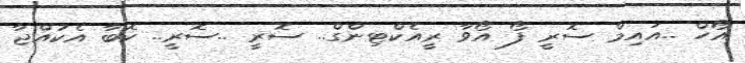
އޯހް ..އައިމް ސޮރީ ފޯ އޯވާ ރީއެކްޓިންގް.. ސޮރީ ..ސޮރީ.. ކޮބާ އެކުއްޖާ